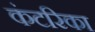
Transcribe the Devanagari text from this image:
कंटरिका